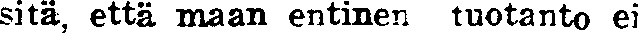
sitä, että maan entinen tuotanto ei